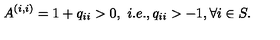
A ^ { ( i , i ) } = 1 + q _ { i i } > 0 , \ i . e . , q _ { i i } > - 1 , \forall i \in S .